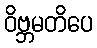
ဝိဗ္ဘမတိပေ